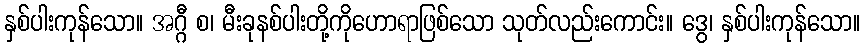
နှစ်ပါးကုန်သော။ အဂ္ဂီ စ၊ မီးခုနစ်ပါးတို့ကိုဟောရာဖြစ်သော သုတ်လည်းကောင်း။ ဒွေ၊ နှစ်ပါးကုန်သော။